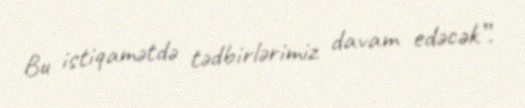
Bu istiqamətdə tədbirlərimiz davam edəcək”.